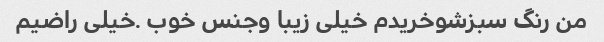
من رنگ سبزشوخریدم خیلی زیبا وجنس خوب .خیلی راضیم